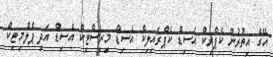
އޭގެ އިތުރުން ކެޕްރިކް އެސިޑް ކެޕްރައިލިކް އެސިޑް މިރިސްޓިކް އެސިޑް އަދި ޕެލްމިޓިކް